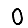
Digit: 0